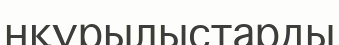
нқұрылыстарды